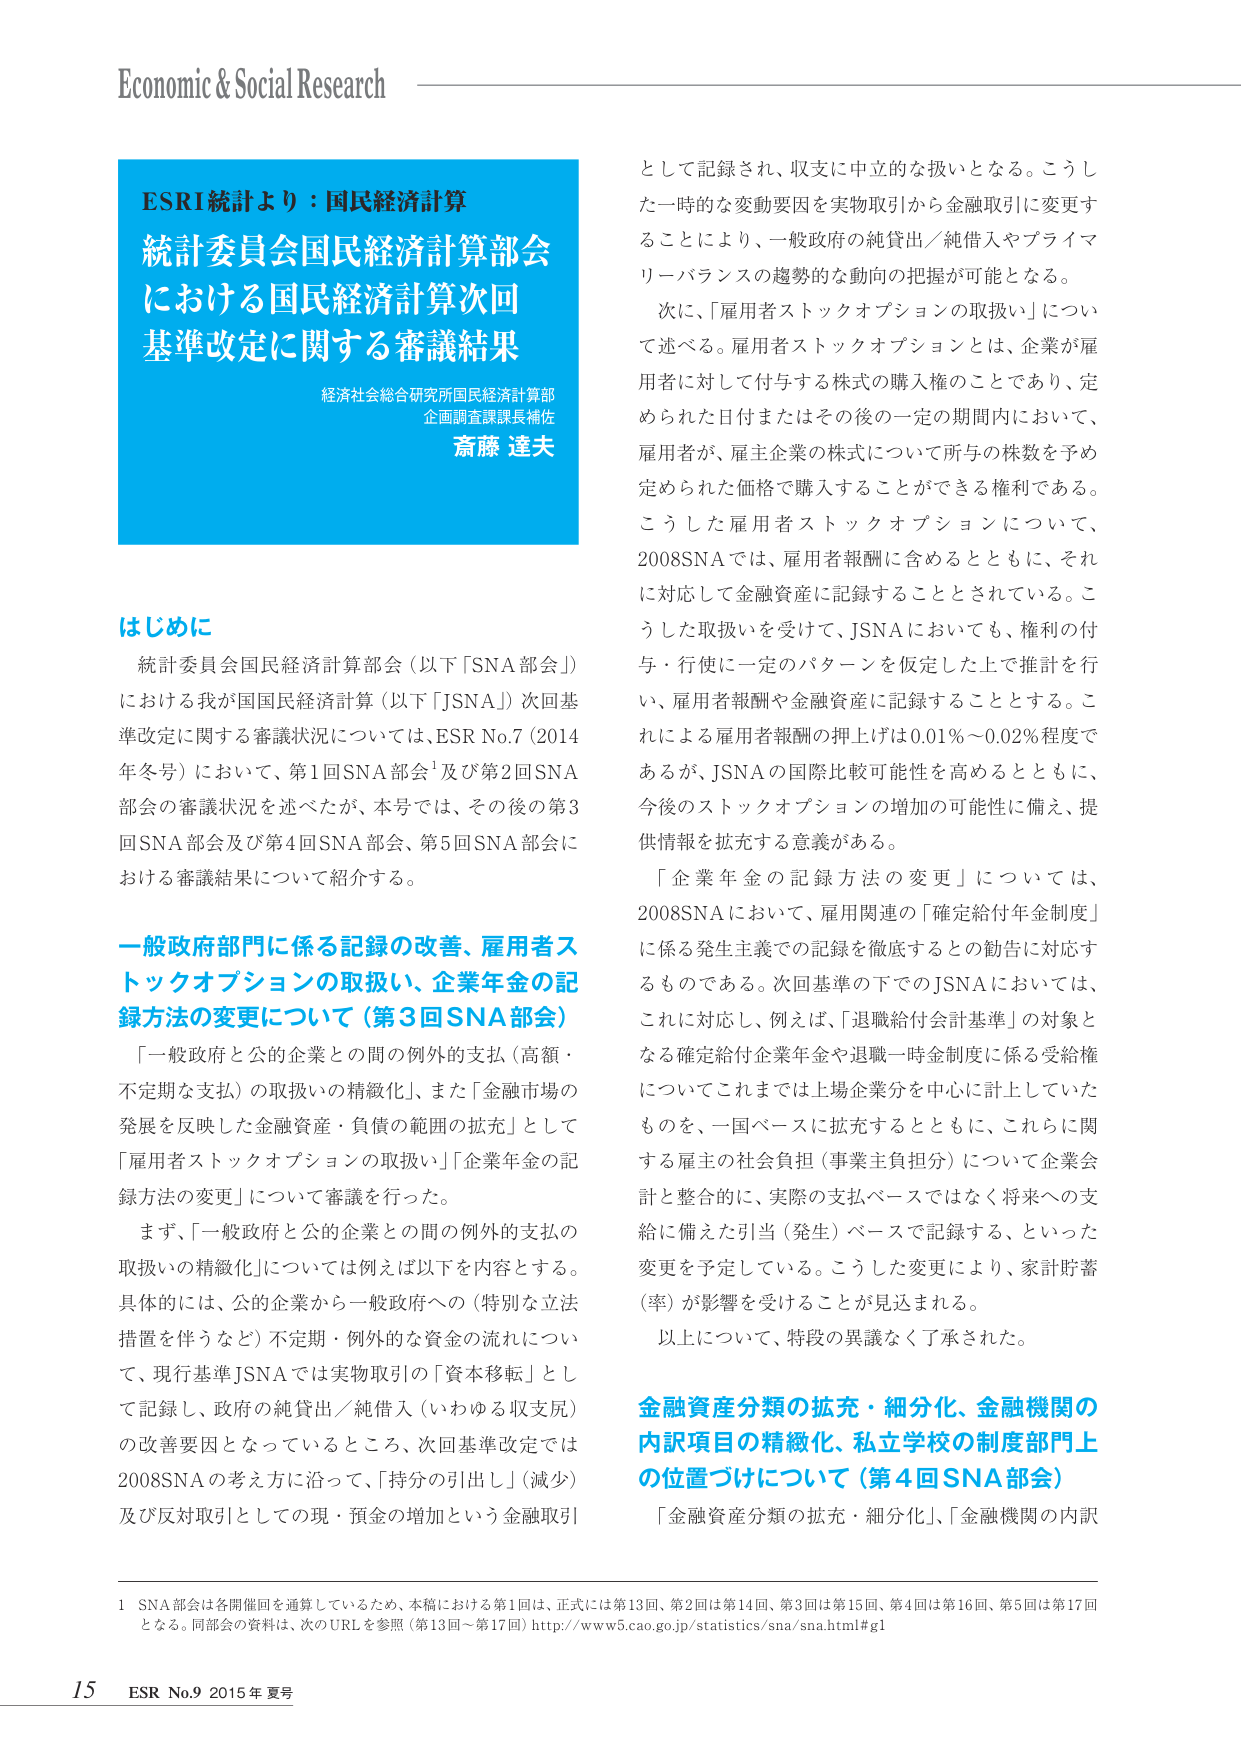
Economic & Social Research

ESRI統計より：国民経済計算
統計委員会国民経済計算部会
における国民経済計算次回
基準改定に関する審議結果
経済社会総合研究所国民経済計算部
企画調査課課長補佐
斎藤 達夫

はじめに
統計委員会国民経済計算部会（以下「SNA部会」）
における我が国国民経済計算（以下「JSNA」）次回基
準改定に関する審議状況については、ESR No.7（2014
年冬号）において、第1回SNA部会¹及び第2回SNA
部会の審議状況を述べたが、本号では、その後の第3
回SNA部会及び第4回SNA部会、第5回SNA部会に
おける審議結果について紹介する。

一般政府部門に係る記録の改善、雇用者ス
トックオプションの取扱い、企業年金の記
録方法の変更について（第3回SNA部会）
「一般政府と公的企業との間の例外的支払（高額・
不定期な支払）の取扱いの精緻化」、また「金融市場の
発展を反映した金融資産・負債の範囲の拡充」として
「雇用者ストックオプションの取扱い」「企業年金の記
録方法の変更」について審議を行った。
まず、「一般政府と公的企業との間の例外的支払の
取扱いの精緻化」については例えば以下を内容とする。
具体的には、公的企業から一般政府への（特別な立法
措置を伴うなど）不定期・例外的な資金の流れについ
て、現行基準JSNAでは実物取引の「資本移転」とし
て記録し、政府の純貸出／純借入（いわゆる収支尻）
の改善要因となっているところ、次回基準改定では
2008SNAの考え方を沿って、「持分の引出し」（減少）
及び反対取引としての現・預金の増加という金融取引

として記録され、収支に中立的な扱いとなる。こうし
た一時的な変動要因を実物取引から金融取引に変更す
ることにより、一般政府の純貸出／純借入やプライマ
リーバランスの趨勢的な動向の把握が可能となる。
次に、「雇用者ストックオプションの取扱い」につい
て述べる。雇用者ストックオプションとは、企業が雇
用者に対して付与する株式の購入権のことであり、定
められた日付またはその後の一定の期間内において、
雇用者が、雇主企業の株式について所与の株数を予め
定められた価格で購入することができる権利である。
こうした雇用者ストックオプションについて、
2008SNAでは、雇用者報酬に含めるとともに、それ
に対応して金融資産に記録することとされている。こ
うした取扱いを受けて、JSNAにおいても、権利の付
与・行使に一定のパターンを仮定した上で推計を行
い、雇用者報酬や金融資産に記録することとする。こ
れによる雇用者報酬の押上げは0.01％～0.02％程度で
あるが、JSNAの国際比較可能性を高めるとともに、
今後のストックオプションの増加の可能性に備え、提
供情報を拡充する意義がある。
「企業年金の記録方法の変更」については、
2008SNAにおいて、雇用関連の「確定給付年金制度」
に係る発生主義での記録を徹底するとの勧告に対応す
るものである。次回基準の下でのJSNAにおいては、
これに対応し、例えば、「退職給付会計基準」の対象と
なる確定給付企業年金や退職一時金制度に係る受給権
についてこれまででは上場企業分を中心に計上していた
ものを、一国ベースに拡充するとともに、これらに関
する雇主の社会負担（事業主負担分）について企業会
計と整合的に、実際の支払ベースではなく将来への支
給に備えた引当（発生）ベースで記録する、といった
変更を予定している。こうした変更により、家計貯蓄
（率）が影響を受けることが見込まれる。
以上について、特段の異議なく了承された。

金融資産分類の拡充・細分化、金融機関の
内訳項目の精緻化、私立学校の制度部門上
の位置づけについて（第4回SNA部会）
「金融資産分類の拡充・細分化」、「金融機関の内訳

1 SNA部会は各開催回を通算しているため、本稿における第1回は、正式には第13回、第2回は第14回、第3回は第15回、第4回は第16回、第5回は第17回
となる。同部会の資料は、次のURLを参照（第13回～第17回）http://www5.cao.go.jp/statistics/sna/sna.html#g1

15 ESR No.9 2015年 夏号